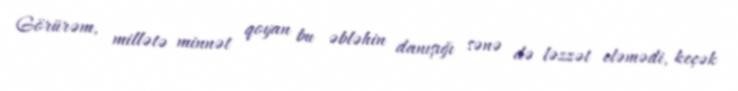
Görürəm, millətə minnət qoyan bu əbləhin danışığı sənə də ləzzət eləmədi, keçək